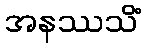
အနဿသိံ